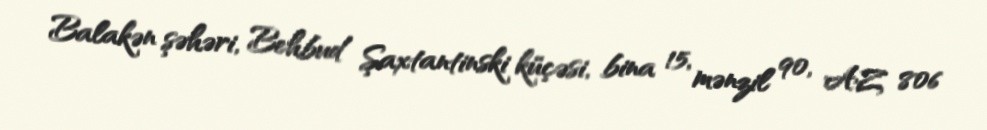
Balakən şəhəri, Behbud Şaxtantinski küçəsi, bina 15, mənzil 90, AZ 806